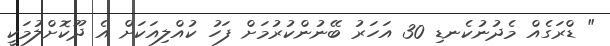
" ޑްރަގެއް މެދުނުކެނޑި 30 އަހަރު ބޭނުންކުރުމަށް ފަހު ކުއްލިއަކަށް އެ ދޫކޮށްލުމަކީ